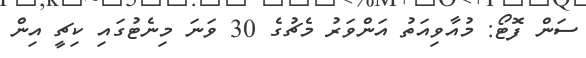
ސަން ފޮޓޯ: މުއާވިއަތު އަންވަރު މެޗުގެ 30 ވަނަ މިނެޓުގައި ކިޗީ އިން